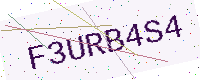
Text: F3URB4S4